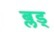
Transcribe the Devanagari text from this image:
ब्लड्